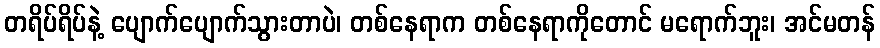
တရိပ်ရိပ်နဲ့ ပျောက်ပျောက်သွားတာပဲ၊ တစ်နေရာက တစ်နေရာကိုတောင် မရောက်ဘူး၊ အင်မတန်